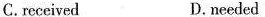
C. received D.needed